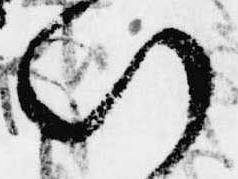
い